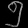
Digit: ၅